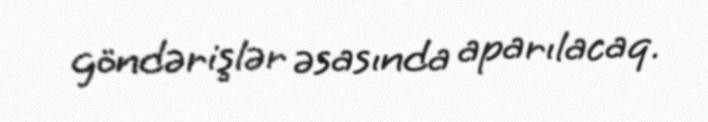
göndərişlər əsasında aparılacaq.